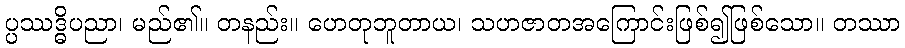
ပ္ပဿဒ္ဓိပညာ၊ မည်၏။ တနည်း။ ဟေတုဘူတာယ၊ သဟဇာတအကြောင်းဖြစ်၍ဖြစ်သော။ တဿာ